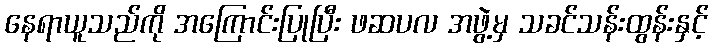
နေရာယူသည်ကို အကြောင်းပြုပြီး ဖဆပလ အဖွဲ့မှ သခင်သန်းထွန်းနှင့်